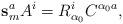
LaTeX: \begin{align*}\mathbf{s}_m^a A^i = R^i_{\alpha_0} C^{\alpha_0 a},\end{align*}